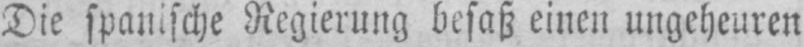
Die spanische Regierung besaß einen ungeheuren